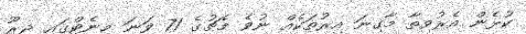
ކުޅެން އެރުވިތާ މާގިނަ އިރުތަކެއް ނުވެ މެޗުގެ 71 ވަނަ މިނެޓްގައި ޖިރޫ